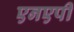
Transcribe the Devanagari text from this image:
एनएपी